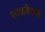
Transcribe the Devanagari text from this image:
काळविटाचे